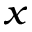
_ x